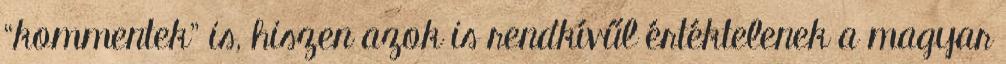
“kommentek” is, hiszen azok is rendkívűl értéktelenek a magyar